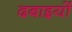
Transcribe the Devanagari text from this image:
दबाइयों